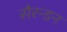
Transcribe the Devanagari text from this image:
सैरन्डन